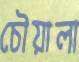
চৌয়ালা